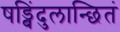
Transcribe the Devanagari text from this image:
षड्बिंदुलान्छितं